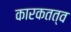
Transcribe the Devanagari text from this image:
कारकतत्व